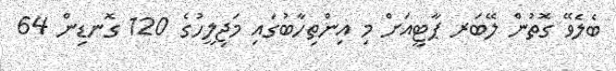
ބެލެވޭ ގޮތުން ލޭބަރ ޕާޓީއަށް މި އިންތިހާބުގައި މަޖިލީހުގެ 120 ގޮނޑިން 64